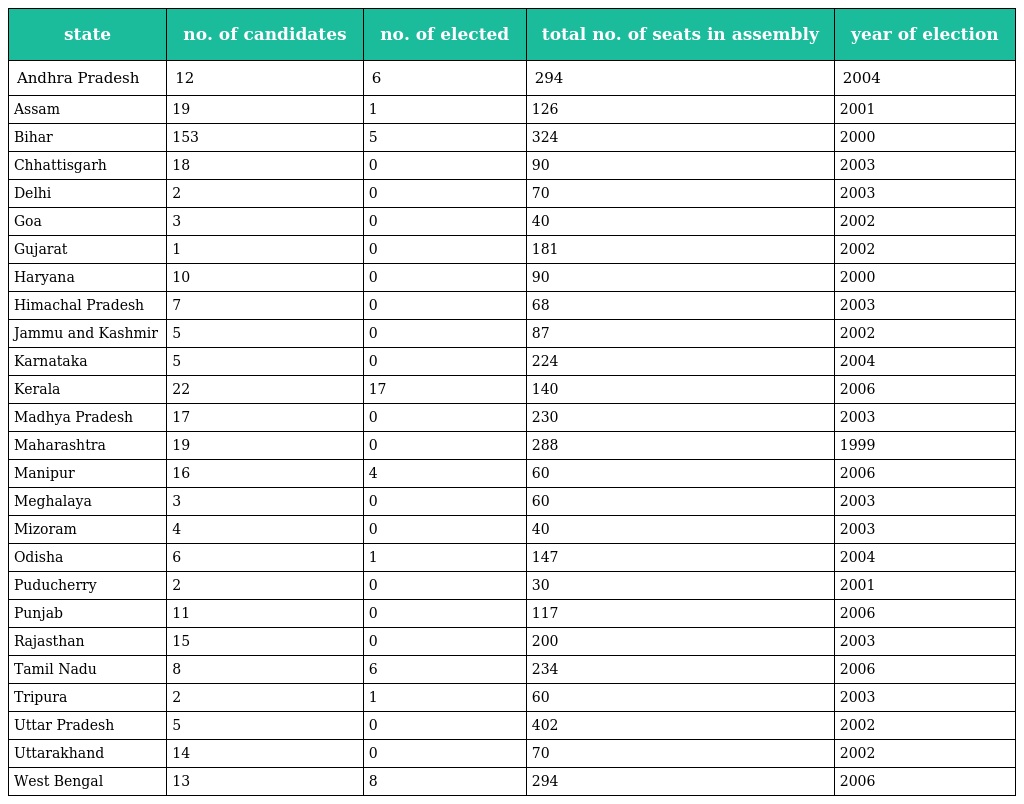
| state | no. of candidates | no. of elected | total no. of seats in assembly | year of election |
 | --- | --- | --- | --- | --- |
 | Andhra Pradesh | 12 | 6 | 294 | 2004 |
 | Assam | 19 | 1 | 126 | 2001 |
 | Bihar | 153 | 5 | 324 | 2000 |
 | Chhattisgarh | 18 | 0 | 90 | 2003 |
 | Delhi | 2 | 0 | 70 | 2003 |
 | Goa | 3 | 0 | 40 | 2002 |
 | Gujarat | 1 | 0 | 181 | 2002 |
 | Haryana | 10 | 0 | 90 | 2000 |
 | Himachal Pradesh | 7 | 0 | 68 | 2003 |
 | Jammu and Kashmir | 5 | 0 | 87 | 2002 |
 | Karnataka | 5 | 0 | 224 | 2004 |
 | Kerala | 22 | 17 | 140 | 2006 |
 | Madhya Pradesh | 17 | 0 | 230 | 2003 |
 | Maharashtra | 19 | 0 | 288 | 1999 |
 | Manipur | 16 | 4 | 60 | 2006 |
 | Meghalaya | 3 | 0 | 60 | 2003 |
 | Mizoram | 4 | 0 | 40 | 2003 |
 | Odisha | 6 | 1 | 147 | 2004 |
 | Puducherry | 2 | 0 | 30 | 2001 |
 | Punjab | 11 | 0 | 117 | 2006 |
 | Rajasthan | 15 | 0 | 200 | 2003 |
 | Tamil Nadu | 8 | 6 | 234 | 2006 |
 | Tripura | 2 | 1 | 60 | 2003 |
 | Uttar Pradesh | 5 | 0 | 402 | 2002 |
 | Uttarakhand | 14 | 0 | 70 | 2002 |
 | West Bengal | 13 | 8 | 294 | 2006 |